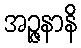
အဉ္ဇနာနိ